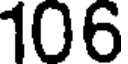
106